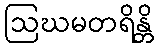
ဩဃမတရိန္တိ